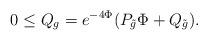
LaTeX: \begin{align*}0\leq Q_{g}=e^{-4\Phi}(P_{\tilde{g}}\Phi + Q_{\tilde{g}}).\end{align*}